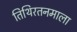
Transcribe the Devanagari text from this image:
तिथिरतनमाला